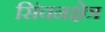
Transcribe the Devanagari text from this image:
सिंचनक्षेत्र